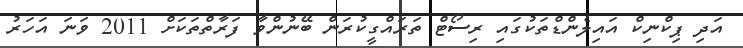
އަދި ޕިކްނިކް އައިލެންޑްތަކުގައި ރިސޯޓް ތަރައްގީކުރަން ބޭނުންވާ ފަރާތްތަކަށް 2011 ވަނަ އަހަރު